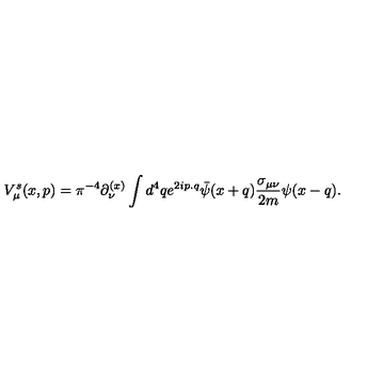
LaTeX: V _ { \mu } ^ { s } ( x , p ) = { \pi } ^ { - 4 } \partial _ { \nu } ^ { ( x ) } \int d ^ { 4 } q e ^ { 2 i p . q } { \bar { \psi } } ( x + q ) { \frac { \sigma _ { \mu \nu } } { 2 m } } \psi ( x - q ) .